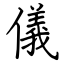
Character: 儀